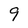
Character: 9